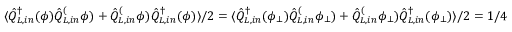
\langle \hat { Q } _ { L , i n } ^ { \dagger } ( \phi ) \hat { Q } _ { L , i n } ^ ( \phi ) + \hat { Q } _ { L , i n } ^ ( \phi ) \hat { Q } _ { L , i n } ^ { \dagger } ( \phi ) \rangle / 2 = \langle \hat { Q } _ { L , i n } ^ { \dagger } ( \phi _ { \bot } ) \hat { Q } _ { L , i n } ^ ( \phi _ { \bot } ) + \hat { Q } _ { L , i n } ^ ( \phi _ { \bot } ) \hat { Q } _ { L , i n } ^ { \dagger } ( \phi _ { \bot } ) \rangle / 2 = 1 / 4